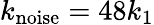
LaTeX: k_{\textrm{noise}}=48k_{1}